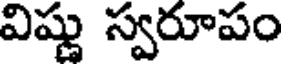
విష్ణు స్వరూపం